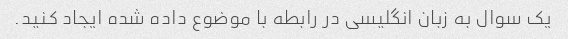
یک سوال به زبان انگلیسی در رابطه با موضوع داده شده ایجاد کنید.